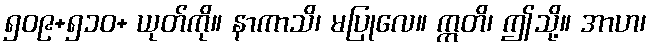
၅၀၉+၅၁၀+ ယုတ်ကို။ နာကာသိ၊ မပြုလေ။ ဣတိ၊ ဤသို့။ အာဟ၊